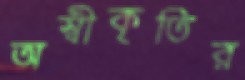
অস্বীকৃতির